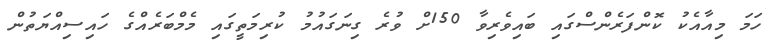
ހަމަ މިއާއެކު ކޮންފަރެންސްގައި ބައިވެރިވާ 150ށް ވުރެ ގިނަގައުމު ކުރިމަތީގައި މެމްބަރެއްގެ ހައިސިއްޔަތުން